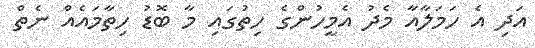
އަދި އެ ހަމަލާއާ މެދު އެމީހުންގެ ހިތުގައި މާ ބޮޑު ހިތާމައެއް ނެތް